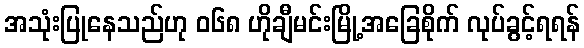
အသုံးပြုနေသည်ဟု ၀၆၈ ဟိုချီမင်းမြို့အခြေစိုက် လုပ်ခွင့်ရရန်